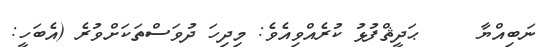
ނަބިއްޔާ     ޙަދީޘްފުޅު ކުރެއްވިއެވެ: މިދިހަ ދުވަސްތަކަށްވުރެ (އެބަހީ: